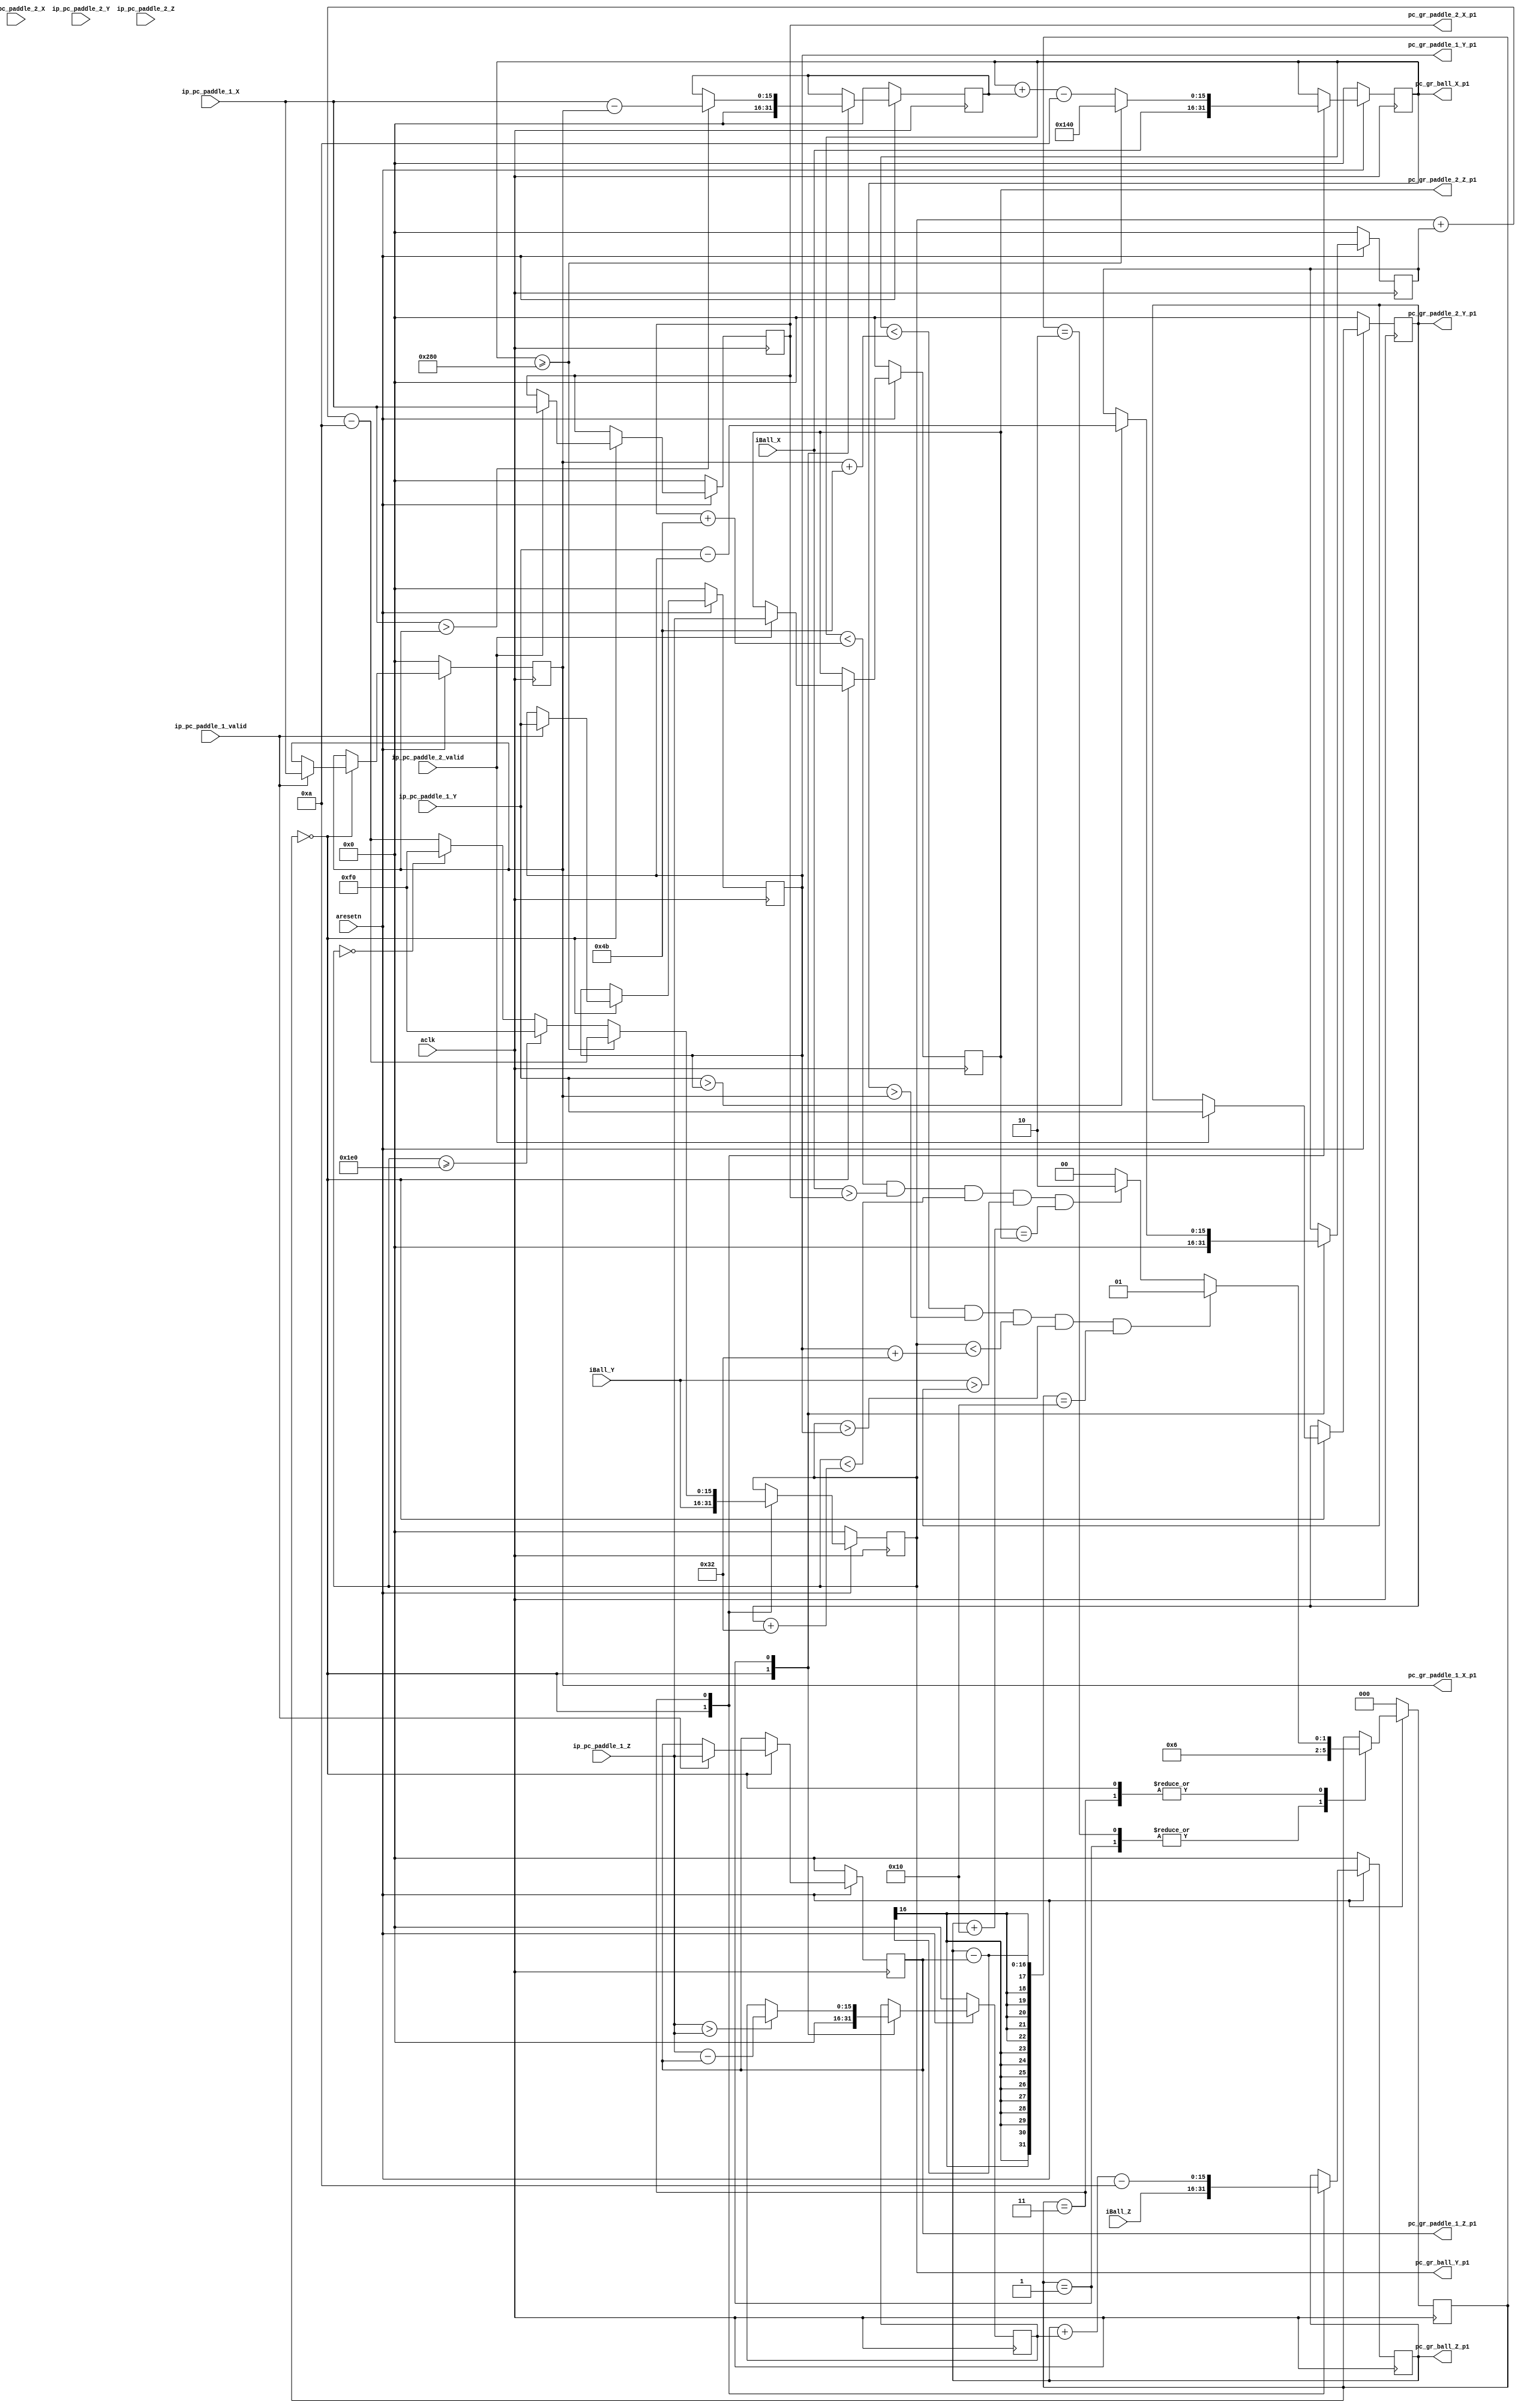
// ip => Image Processing
// pc => Physics Core
// gr => Graphics Rendering



module physics_core # (
      parameter	  WIDTH     = 75,      
      parameter	  HEIGHT    = 50      
   )    (
   input wire		    aclk,	    // 25 MHz
   input wire		    aresetn,
   
   // Incoming Raw Coordinates from Image Processing
   input wire [15:0]	ip_pc_paddle_1_X,
   input wire [15:0]	ip_pc_paddle_1_Y,
   input wire [15:0]    ip_pc_paddle_1_Z,
   input wire           ip_pc_paddle_1_valid,

   input wire [15:0]	ip_pc_paddle_2_X,
   input wire [15:0]	ip_pc_paddle_2_Y,
   input wire [15:0]    ip_pc_paddle_2_Z,
   input wire           ip_pc_paddle_2_valid,
   
   // Comes from CPU
   input wire [15:0]	iBall_X,
   input wire [15:0]	iBall_Y,
   input wire [15:0]	iBall_Z,

   // To be used by Rendering Logic
   output wire [15:0]	pc_gr_ball_X_p1,
   output wire [15:0]	pc_gr_ball_Y_p1,
   output wire [15:0]	pc_gr_ball_Z_p1,
   
   output wire [15:0]  pc_gr_paddle_1_X_p1,  
   output wire [15:0]  pc_gr_paddle_1_Y_p1, 
   output wire [15:0]  pc_gr_paddle_1_Z_p1, 
    
   output wire [15:0]  pc_gr_paddle_2_X_p1, 
   output wire [15:0]  pc_gr_paddle_2_Y_p1,  
   output wire [15:0]  pc_gr_paddle_2_Z_p1
   

);


parameter GRAVITY        = 10;   // 9.8 m/s2
parameter SCREEN_HEIGHT  = 480;
parameter SCREEN_WIDTH   = 640;
parameter BALL_RADIUS    = 16;


parameter [2:0] BALL_IDLE               = 3'd0,
                PADDLE_1_BALL_COLLISION = 3'd1,
                PADDLE_2_BALL_COLLISION = 3'd2,
                BALL_COLLISION          = 3'd3; 


// Pipeline Stage 1
reg [15:0]  ip_pc_paddle_1_X_p1; 
reg [15:0]  ip_pc_paddle_1_Y_p1; 
reg [15:0]  ip_pc_paddle_1_Z_p1;  
reg [15:0]  ip_pc_paddle_2_X_p1; 
reg [15:0]  ip_pc_paddle_2_Y_p1;  
reg [15:0]  ip_pc_paddle_2_Z_p1;
   
   
reg [15:0] paddle_1_velocity_X;
reg [15:0] paddle_1_velocity_Y;
reg [15:0] paddle_1_velocity_Z;

reg [15:0] paddle_2_velocity_X;
reg [15:0] paddle_2_velocity_Y;
reg [15:0] paddle_2_velocity_Z;


reg [15:0] ball_X_p1;
reg [15:0] ball_Y_p1;
reg [15:0] ball_Z_p1; 

reg [2:0] ball_state;

           
             
/////////////////////////////////////////////////////////////////////////////
//////////////// Ball's Collision detection & its Position //////////////////
/////////////////////////////////////////////////////////////////////////////


always @(posedge aclk) begin
   if (~aresetn) begin
      ball_X_p1	                <= 16'd0;
	  ball_Y_p1	                <= 16'd0;
	  ball_Z_p1	                <= 16'd0;
      ip_pc_paddle_1_X_p1	    <= 16'd0;
      ip_pc_paddle_1_Y_p1		<= 16'd0;
      ip_pc_paddle_1_Z_p1		<= 16'd0;
      ip_pc_paddle_2_X_p1	    <= 16'd0;
      ip_pc_paddle_2_Y_p1		<= 16'd0;
      ip_pc_paddle_2_Z_p1		<= 16'd0;
      paddle_1_velocity_X       <= 16'd0;
      paddle_1_velocity_Y       <= 16'd0;
      paddle_1_velocity_Z       <= 16'd0;
      paddle_2_velocity_X       <= 16'd0;
      paddle_2_velocity_Y       <= 16'd0;
      paddle_2_velocity_Z       <= 16'd0;
      ball_state                <= BALL_IDLE;
    end else begin
        case (ball_state)
            BALL_IDLE : begin
               if (ip_pc_paddle_1_valid) begin
	               ip_pc_paddle_1_X_p1	   <= ip_pc_paddle_1_X;   
	               ip_pc_paddle_1_Y_p1	   <= ip_pc_paddle_1_Y;
	               ip_pc_paddle_1_Z_p1	   <= ip_pc_paddle_1_Z;   
	           end
	           if (ip_pc_paddle_2_valid) begin
	               ip_pc_paddle_2_X_p1	   <= ip_pc_paddle_1_X;   
	               ip_pc_paddle_2_Y_p1	   <= ip_pc_paddle_1_Y;
	               ip_pc_paddle_2_Z_p1	   <= ip_pc_paddle_1_Z;  
	           end
	           paddle_1_velocity_X       <= 16'd0;
               paddle_1_velocity_Y       <= 16'd0;
               paddle_1_velocity_Z       <= 16'd0;
               paddle_2_velocity_X       <= 16'd0;
               paddle_2_velocity_Y       <= 16'd0;
               paddle_2_velocity_Z       <= 16'd0;
               ball_X_p1                 <= iBall_X;
	           ball_Y_p1                 <= iBall_Y;
	           ball_Z_p1                 <= iBall_Z;
	           
	           
	           // Detect Ball and Paddle Collision.
	           if ( (ball_X_p1 < (ip_pc_paddle_1_X_p1 + WIDTH) ) && (ball_X_p1 > ip_pc_paddle_1_X_p1 ) && 
	                (ball_Y_p1 < (ip_pc_paddle_1_Y_p1 + HEIGHT)) && (ball_Y_p1 > ip_pc_paddle_1_Y_p1 ) && 
	                ((ball_Z_p1 - ip_pc_paddle_1_Z_p1) == BALL_RADIUS) ) begin
                   ball_state  <= PADDLE_1_BALL_COLLISION;
	           end else if ( (ball_X_p1 < (ip_pc_paddle_2_X_p1 + WIDTH) ) && (iBall_X > ip_pc_paddle_2_X_p1 ) && 
	                         (ball_Y_p1 < (ip_pc_paddle_2_Y_p1 + HEIGHT)) && (iBall_Y > ip_pc_paddle_2_Y_p1 ) && 
	                         ((ball_Z_p1 + BALL_RADIUS) == ip_pc_paddle_2_Z_p1) ) begin
                   ball_state  <= PADDLE_2_BALL_COLLISION;
               end else begin
                   ball_state  <= BALL_IDLE; 
               end
            end
            

            PADDLE_1_BALL_COLLISION : begin
                if (ip_pc_paddle_1_X > ip_pc_paddle_1_X_p1) begin
	               paddle_1_velocity_X   <= (ip_pc_paddle_1_X - ip_pc_paddle_1_X_p1);
	            end
	            if (ip_pc_paddle_1_Y > ip_pc_paddle_1_Y_p1) begin
	               paddle_1_velocity_Y   <= (ip_pc_paddle_1_Y - ip_pc_paddle_1_Y_p1);
	            end
	            if (ip_pc_paddle_1_Z > ip_pc_paddle_1_Z) begin
	               paddle_1_velocity_Z   <= (ip_pc_paddle_1_Z - ip_pc_paddle_1_Z_p1);
	            end
	            ball_state  <= BALL_COLLISION;
	       end
	        
	       PADDLE_2_BALL_COLLISION : begin
                if (ip_pc_paddle_2_X > ip_pc_paddle_2_X_p1) begin
	               paddle_2_velocity_X   <= (ip_pc_paddle_2_X - ip_pc_paddle_2_X_p1);
	            end
	            if (ip_pc_paddle_2_Y > ip_pc_paddle_2_Y_p1) begin
	               paddle_2_velocity_Y   <= (ip_pc_paddle_2_Y - ip_pc_paddle_2_Y_p1);
	            end
	            if (ip_pc_paddle_2_Z > ip_pc_paddle_2_Z) begin
	               paddle_2_velocity_Z   <= (ip_pc_paddle_2_Z - ip_pc_paddle_2_Z_p1);
	            end
	            ball_state  <= BALL_COLLISION;
	        end
	        

	        BALL_COLLISION : begin

            // Only Ball & Paddle 1 is done here. 
            // Similarly, Ball & Paddle 2 need to be done here.

	           if (ball_X_p1 >= 16'd640) begin	     
	               ball_X_p1       <= SCREEN_WIDTH >> 1;
	               ball_Y_p1       <= ball_Y_p1 + paddle_1_velocity_Y - GRAVITY;
	               ball_Z_p1       <= ball_Z_p1 + paddle_1_velocity_Z - GRAVITY;	         
                end else if (ball_Y_p1 >= 16'd480) begin	     //Y > 480, Ball hits Top Wall.
	               ball_X_p1       <= ball_X_p1 + paddle_1_velocity_X - GRAVITY;
	               ball_Y_p1       <= SCREEN_HEIGHT >> 1;
	               ball_Z_p1       <= ball_Z_p1 + paddle_1_velocity_Z - GRAVITY;
                end else if (ball_Y_p1 == 0) begin	          
	               ball_X_p1       <= ball_X_p1 + paddle_1_velocity_X - GRAVITY;
	               ball_Y_p1       <= SCREEN_HEIGHT >> 1;
	               ball_Z_p1       <= ball_Z_p1 + paddle_1_velocity_Z - GRAVITY;
                end else begin	// No Collisions
	               ball_X_p1	   <= ball_X_p1 + paddle_1_velocity_X - GRAVITY;
	               ball_Y_p1	   <= ball_Y_p1 + paddle_1_velocity_Y - GRAVITY;
	               ball_Z_p1	   <= ball_Z_p1 + paddle_1_velocity_Z - GRAVITY;
	            end 
	         
             
	               
	           // Detect Ball and Paddle Collision.
	           if ( (ball_X_p1 < (ip_pc_paddle_1_X_p1 + WIDTH) ) && (ball_X_p1 > ip_pc_paddle_1_X_p1 ) && 
	                (ball_Y_p1 < (ip_pc_paddle_1_Y_p1 + HEIGHT)) && (ball_Y_p1 > ip_pc_paddle_1_Y_p1 ) && 
	                ((ball_Z_p1 - ip_pc_paddle_1_Z_p1) == BALL_RADIUS) ) begin
                   ball_state  <= PADDLE_1_BALL_COLLISION;
	           end else if ( (ball_X_p1 < (ip_pc_paddle_2_X_p1 + WIDTH) ) && (iBall_X > ip_pc_paddle_2_X_p1 ) && 
	                         (ball_Y_p1 < (ip_pc_paddle_2_Y_p1 + HEIGHT)) && (iBall_Y > ip_pc_paddle_2_Y_p1 ) && 
	                         ((ball_Z_p1 + BALL_RADIUS) == ip_pc_paddle_2_Z_p1) ) begin
                   ball_state  <= PADDLE_2_BALL_COLLISION;
               end else begin
                   ball_state  <= BALL_IDLE; 
               end
	         end
        endcase
    end
end



// Pipeline Stage 1 Outputs
assign pc_gr_ball_X_p1  = ball_X_p1;
assign pc_gr_ball_Y_p1  = ball_Y_p1;
assign pc_gr_ball_Z_p1  = ball_Z_p1;

assign pc_gr_paddle_1_X_p1  = ip_pc_paddle_1_X_p1;
assign pc_gr_paddle_1_Y_p1  = ip_pc_paddle_1_Y_p1;
assign pc_gr_paddle_1_Z_p1  = ip_pc_paddle_1_Z_p1;

assign pc_gr_paddle_2_X_p1  = ip_pc_paddle_2_X_p1;
assign pc_gr_paddle_2_Y_p1  = ip_pc_paddle_2_Y_p1;
assign pc_gr_paddle_2_Z_p1  = ip_pc_paddle_2_Z_p1;


endmodule